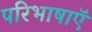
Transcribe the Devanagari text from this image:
परिभाषाऍं